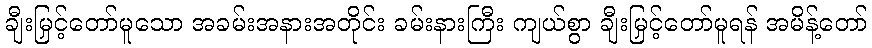
ချီးမြှင့်တော်မူသော အခမ်းအနားအတိုင်း ခမ်းနားကြီး ကျယ်စွာ ချီးမြှင့်တော်မူရန် အမိန့်တော်